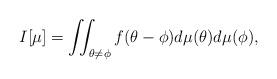
LaTeX: \begin{align*} I[\mu] = \iint_{\theta \neq \phi} f(\theta - \phi) d \mu(\theta) d \mu(\phi), \end{align*}